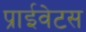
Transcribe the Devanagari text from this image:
प्राईवेटस